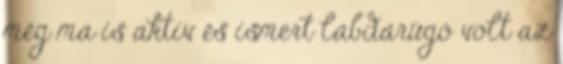
még ma is aktív és ismert labdarúgó volt az